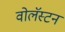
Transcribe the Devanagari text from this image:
वोलॅस्टन